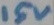
Text: 15V